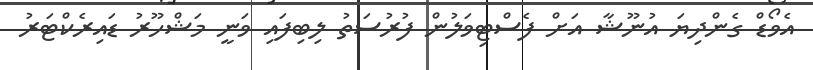
އެވޯޑް ގެންދިޔަ އުނޫޝާ އަށް ފެސްޓިވަލުން ފުރުސަތު ލިބިފައި ވަނީ މަޝްހޫރު ޑައިރެކްޓަރު